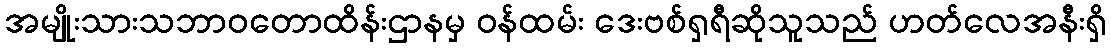
အမျိုးသားသဘာဝတောထိန်းဌာနမှ ဝန်ထမ်း ဒေးဗစ်ရှရီဆိုသူသည် ဟတ်လေအနီးရှိ